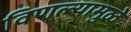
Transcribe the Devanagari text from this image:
विणल्यामुळे